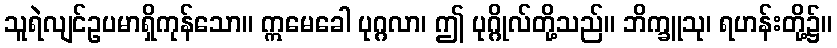
သူရဲလျင်ဥပမာရှိကုန်သော။ ဣမေခေါ ပုဂ္ဂလာ၊ ဤ ပုဂ္ဂိုလ်တို့သည်။ ဘိက္ခူသု၊ ရဟန်းတို့၌။